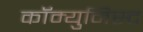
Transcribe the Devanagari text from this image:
कॉम्युनिस्ट